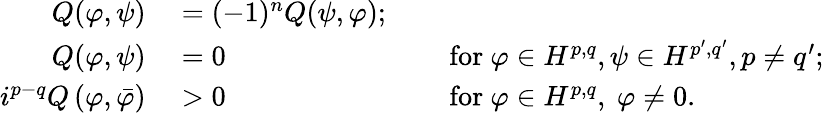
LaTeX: \begin{array}{rlrl}{Q(\varphi,\psi)}&{{}=(-1)^{n}Q(\psi,\varphi);}\\ {Q(\varphi,\psi)}&{{}=0}&{}&{{}{\mathrm{~for~}}\varphi\in H^{p,q},\psi\in H^{p^{\prime},q^{\prime}},p\neq q^{\prime};}\\ {i^{p-q}Q\left(\varphi,{\bar{\varphi}}\right)}&{{}>0}&{}&{{}{\mathrm{~for~}}\varphi\in H^{p,q},\ \varphi\neq 0.}\end{array}